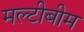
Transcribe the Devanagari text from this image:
मल्टीबीम